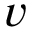
v